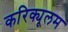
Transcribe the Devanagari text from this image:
करिक्यूलम